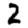
Digit: 2